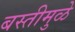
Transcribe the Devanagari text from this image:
बस्तीमुळे